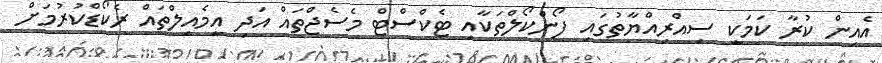
އެއިން ކުރާ ކަމަކީ ސިއްރިއްޔާތުގައި ފޯންކޯލްތަކާއި ޓެކްސްޓް މެސެޖްތައް އަދި އީމެއިލްތައް ރެކޯޑްކުރުމަށް